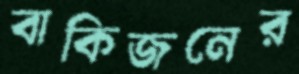
বাকিজনের